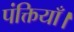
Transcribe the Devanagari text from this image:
पंक्तियाँ।